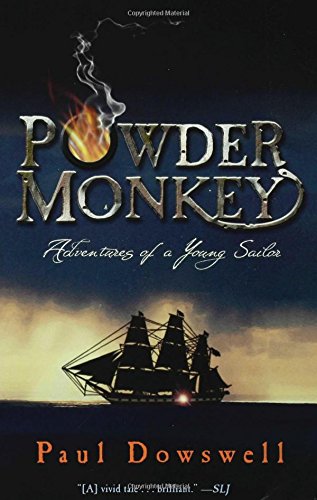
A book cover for Powder Monkey (Adventures of a Young Sailor); Paul Dowswell; Teen & Young Adult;